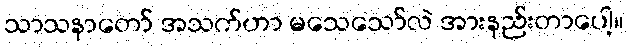
သာသနာတော် အသက်ဟာ မသေသော်လဲ အားနည်းတာပေါ့။